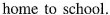
home to school.